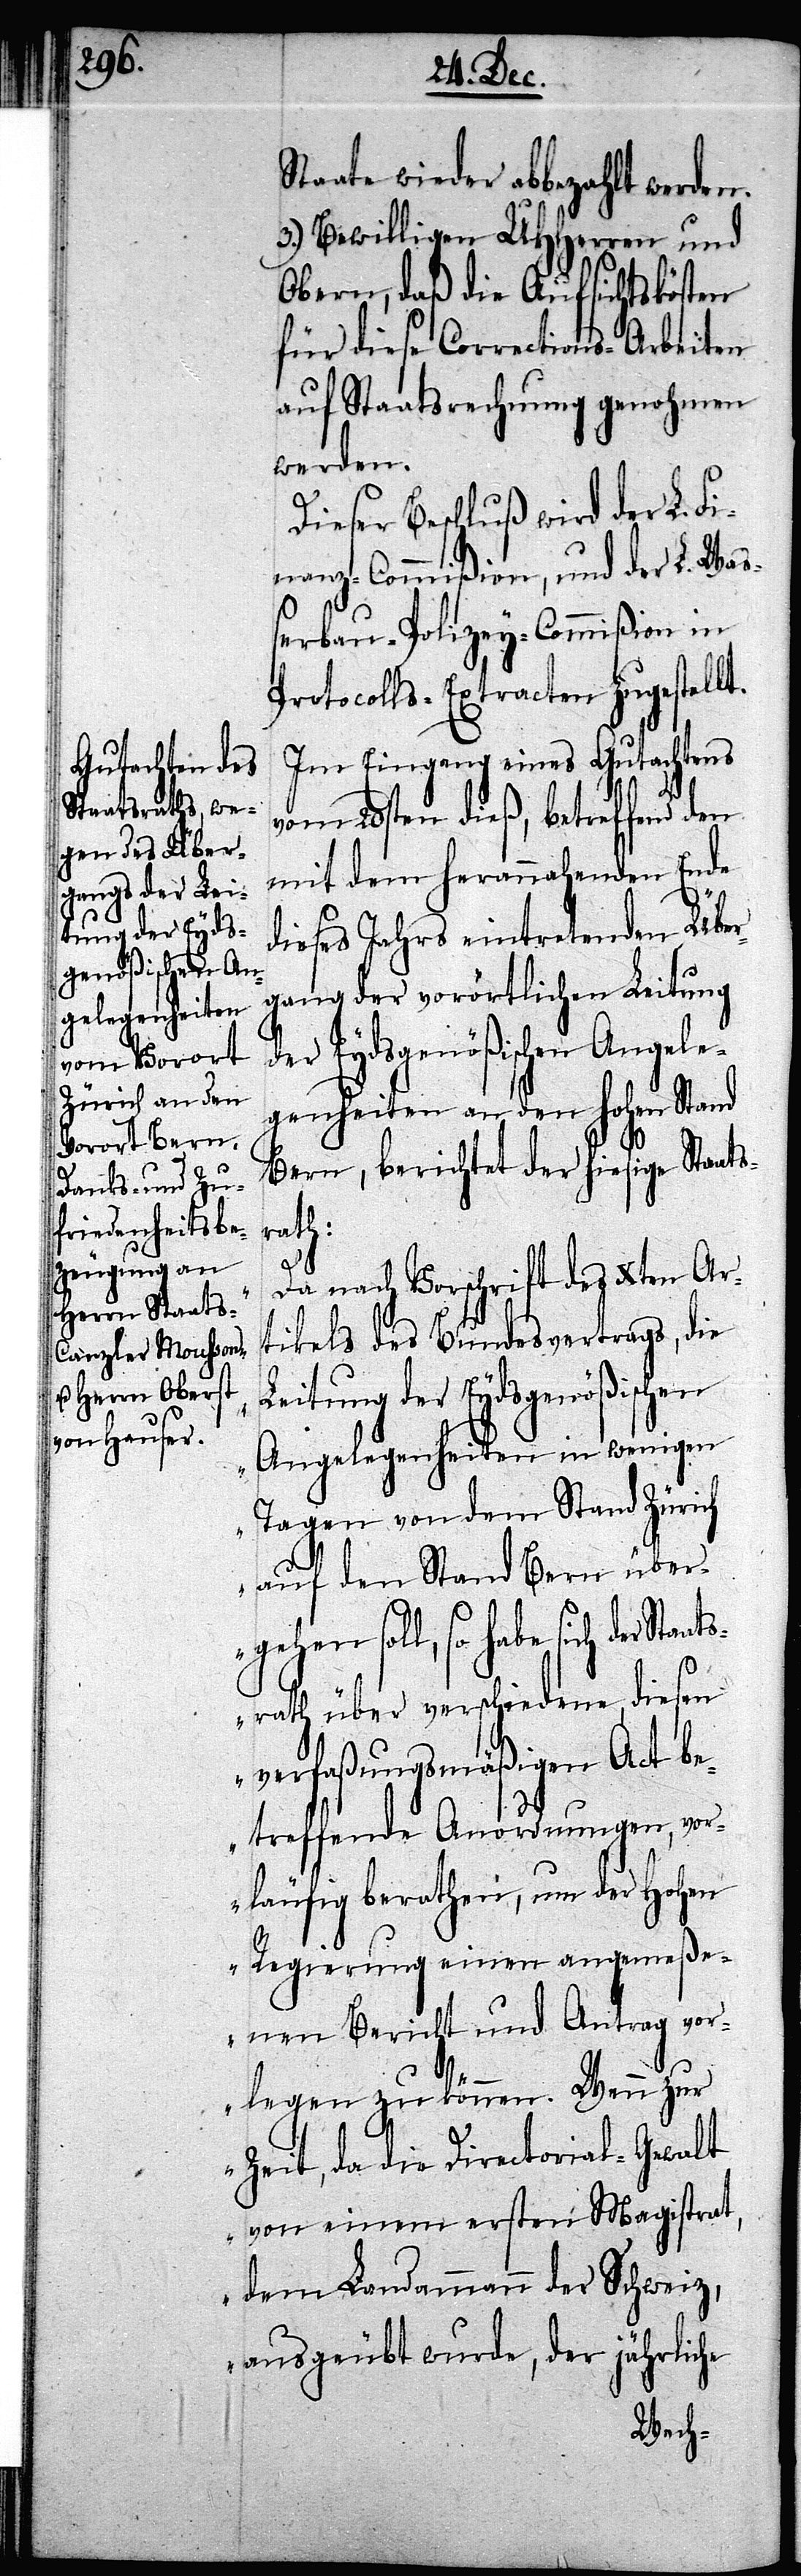
Staate wieder abbezahlt werden.
3.) Bewilligen UHHerren und
Obern, daß die Aufsichtsbehörden
für diese Corrections-Arbeiten
auf Staatsrechnung genohmen
werden.
Dieser Beschluß wird der L. Fi¬
nanz-Commißion, und der L. Waß¬
erbau-Polizey-Commißion in
Protocolls-Extracten zugestellt.
Im Eingang eines Gutachtens
vom 20sten dieß, betreffend den
mit dem herannahenden Ende
dieses Jahres eintretenden Über¬
gang der vorörtlichen Leitung
der Eydsgenößischen Angele¬
genheiten an den hohen Stand
Bern, berichtet der hiesige Staats¬
rath:
„Da nach Vorschrift des Xten Ar¬
tikels des Bundesvertrags, die
Leitung der Eydsgenößischen
Angelegenheiten in wenigen
Tagen von dem Stand Zürich
auf den Stand Bern über¬
be sich der Staat¬
srath über verschiedene, diesen
verfaßungsmäßigen Act be¬
treffende Anordnungen, vor¬
läufig berathen, um der Hohen
Regierung einen angemeße¬
nen Bericht und Antrag vor¬
legen zu können. Wenn zur
Zeit, da die Directorial-Gewalt
von einem ersten Magistrat,
dem Landammann der Schweiz,
ausgeübt wurde, der jährliche